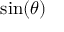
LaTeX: \sin ( \theta )